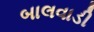
બાલવાડી